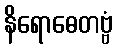
နိရောဓေတဗ္ဗံ